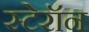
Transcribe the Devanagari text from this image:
स्टेरॉन